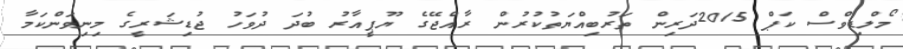
މޯލްޑިވްސް ކަޕް 2015ދަރިން ތަރުބިއްޔަތުކުރުން ރާއްޖޭގެ ޔޫޕީއާރު ބުދަ ދުވަހު ޖުޑިޝަރީގެ މިނިވަންކަމާ